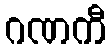
ဂဏကီ